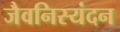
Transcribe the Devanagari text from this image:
जैवनिस्यंदन